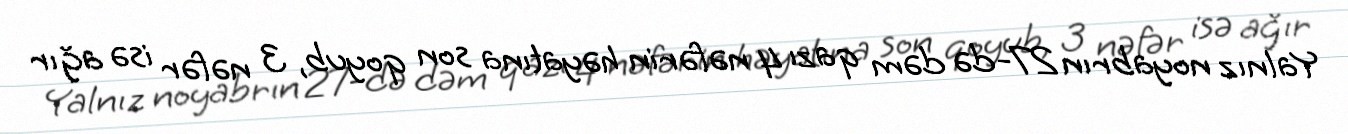
Yalnız noyabrın 27-də dəm qazı 4 nəfərin həyatına son qoyub, 3 nəfər isə ağır